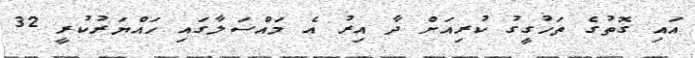
އައި ގޮތުގެ ތަހުގީގު ކުރިއަށް ދާ އިރު އެ މައްސަލާގައި ހައްޔަރުކުރީ 32